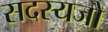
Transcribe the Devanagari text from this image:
सदस्यजो